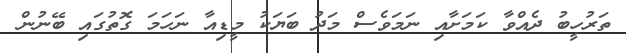
ތަރުހީބު ދެއްވާ ކަމަށާއި ނަމަވެސް މަދު ބަޔަކު މީޑިއާ ނަހަމަ ގޮތުގައި ބޭނުން